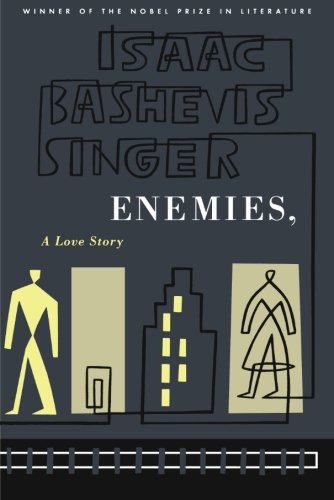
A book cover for Enemies, A Love Story; Isaac Bashevis Singer; Science Fiction & Fantasy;